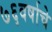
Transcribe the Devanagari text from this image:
७६वर्षाचे